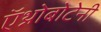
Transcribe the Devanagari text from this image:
ऍथ्नोबोटेनी